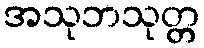
အသုဘသုတ္တ